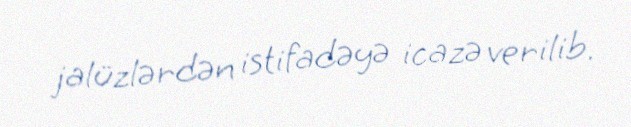
jalüzlərdən istifadəyə icazə verilib.